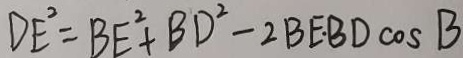
D E ^ { 2 } = B E ^ { 2 } + B D ^ { 2 } - 2 B E . B D \cos B